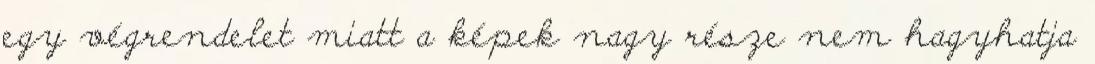
egy végrendelet miatt a képek nagy része nem hagyhatja